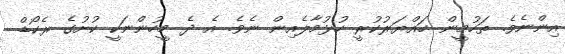
އިންނެވެ. ތަހުމީން ހައްޔަރުކުރީ ހުޅުމާލެއިން ނެވެ. އެ ދެ މީހުންނަކީ ކުށުގެ ރެކޯޑް